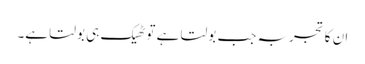
ان کا تجربہ جب بولتا ہے تو ٹھیک ہی بولتا ہے۔